Leaving Certificate Examination (including Day School Certificate (Higher) General paper), 1933
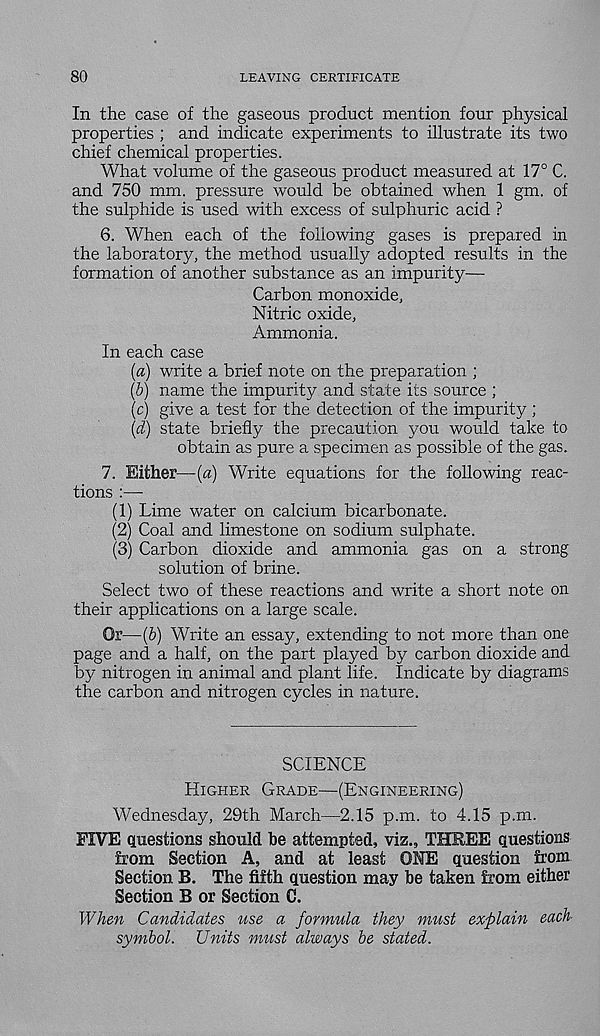
80
LEAVING CERTIFICATE
In the case of the gaseous product mention four physical
properties ; and indicate experiments to illustrate its two
chief chemical properties.
What volume of the gaseous product measured at 17° C.
and 750 mm. pressure would be obtained when 1 gm. of
the sulphide is used with excess of sulphuric acid ?
6. When each of the following gases is prepared in
the laboratory, the method usualfy adopted results in the
formation of another substance as an impurity—
Carbon monoxide.
Nitric oxide,
Ammonia.
In each case
(a) write a brief note on the preparation ;
(b) name the impurity and state its source ;
(c) give a test for the detection of the impurity ;
(d) state briefly the precaution you would take to
obtain as pure a specimen as possible of the gas.
7. Either—(a) Write equations for the following reac-
tions :—
(1) Lime water on calcium bicarbonate.
(2) Coal and limestone on sodium sulphate.
(3) Carbon dioxide and ammonia gas on a strong
solution of brine.
Select two of these reactions and write a short note on
their applications on a large scale.
Or—(b) Write an essay, extending to not more than one
page and a half, on the part played by carbon dioxide and
by nitrogen in animal and plant life. Indicate by diagrams
the carbon and nitrogen cycles in nature.
SCIENCE
Higher Grade—(Engineering)
Wednesday, 29th March—2.15 p.m. to 4.15 p.m.
FIVE questions should be attempted, viz., THREE questions
from Section A, and at least ONE question from
Section B. The fifth question may be taken from either
Section B or Section C.
When Candidates use a formula they must explain each
symbol. Units must always be stated.